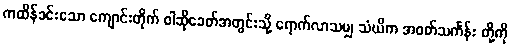
ကထိန်ခင်းသော ကျောင်းတိုက် ဝါဆိုခေတ်အတွင်းသို့ ရောက်လာသမျှ သံဃိက အဝတ်သင်္ကန်း တို့ကို